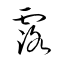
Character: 露